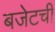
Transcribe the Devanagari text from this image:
बजेटची